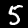
Label: 5